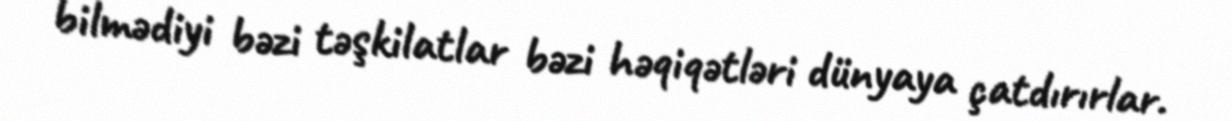
bilmədiyi bəzi təşkilatlar bəzi həqiqətləri dünyaya çatdırırlar.